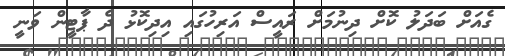
ގެއަށް ބަދަލު ކޮށް ދިނުމަށް ރައީސް އަރިހުގައި އިދިކޮޅު ދެ ޕާޓީން ވަނީ